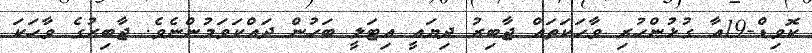
ކޮވިޑް-19އާ ގުޅުންހުރި ވާހަކަތައް ޖާބިރު ދިޔައީ އިޓަލީ ބަހުން ދައްކަވަމުންނެވެ. ޖާބިރުގެ ވާހަކަ